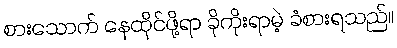
စားသောက် နေထိုင်ဖို့ရာ ခိုကိုးရာမဲ့ ခံစားရသည်။